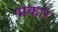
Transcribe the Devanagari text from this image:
भकार